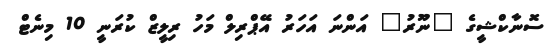
ސޮނާކްޝީގެ "ނޫރު" އަންނަ އަހަރު އޭޕްރިލް މަހު ރިލީޒް ކުރަނީ 10 މިނެޓް